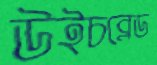
উইচব্লেড